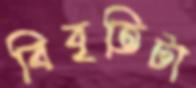
বিবৃতিটা